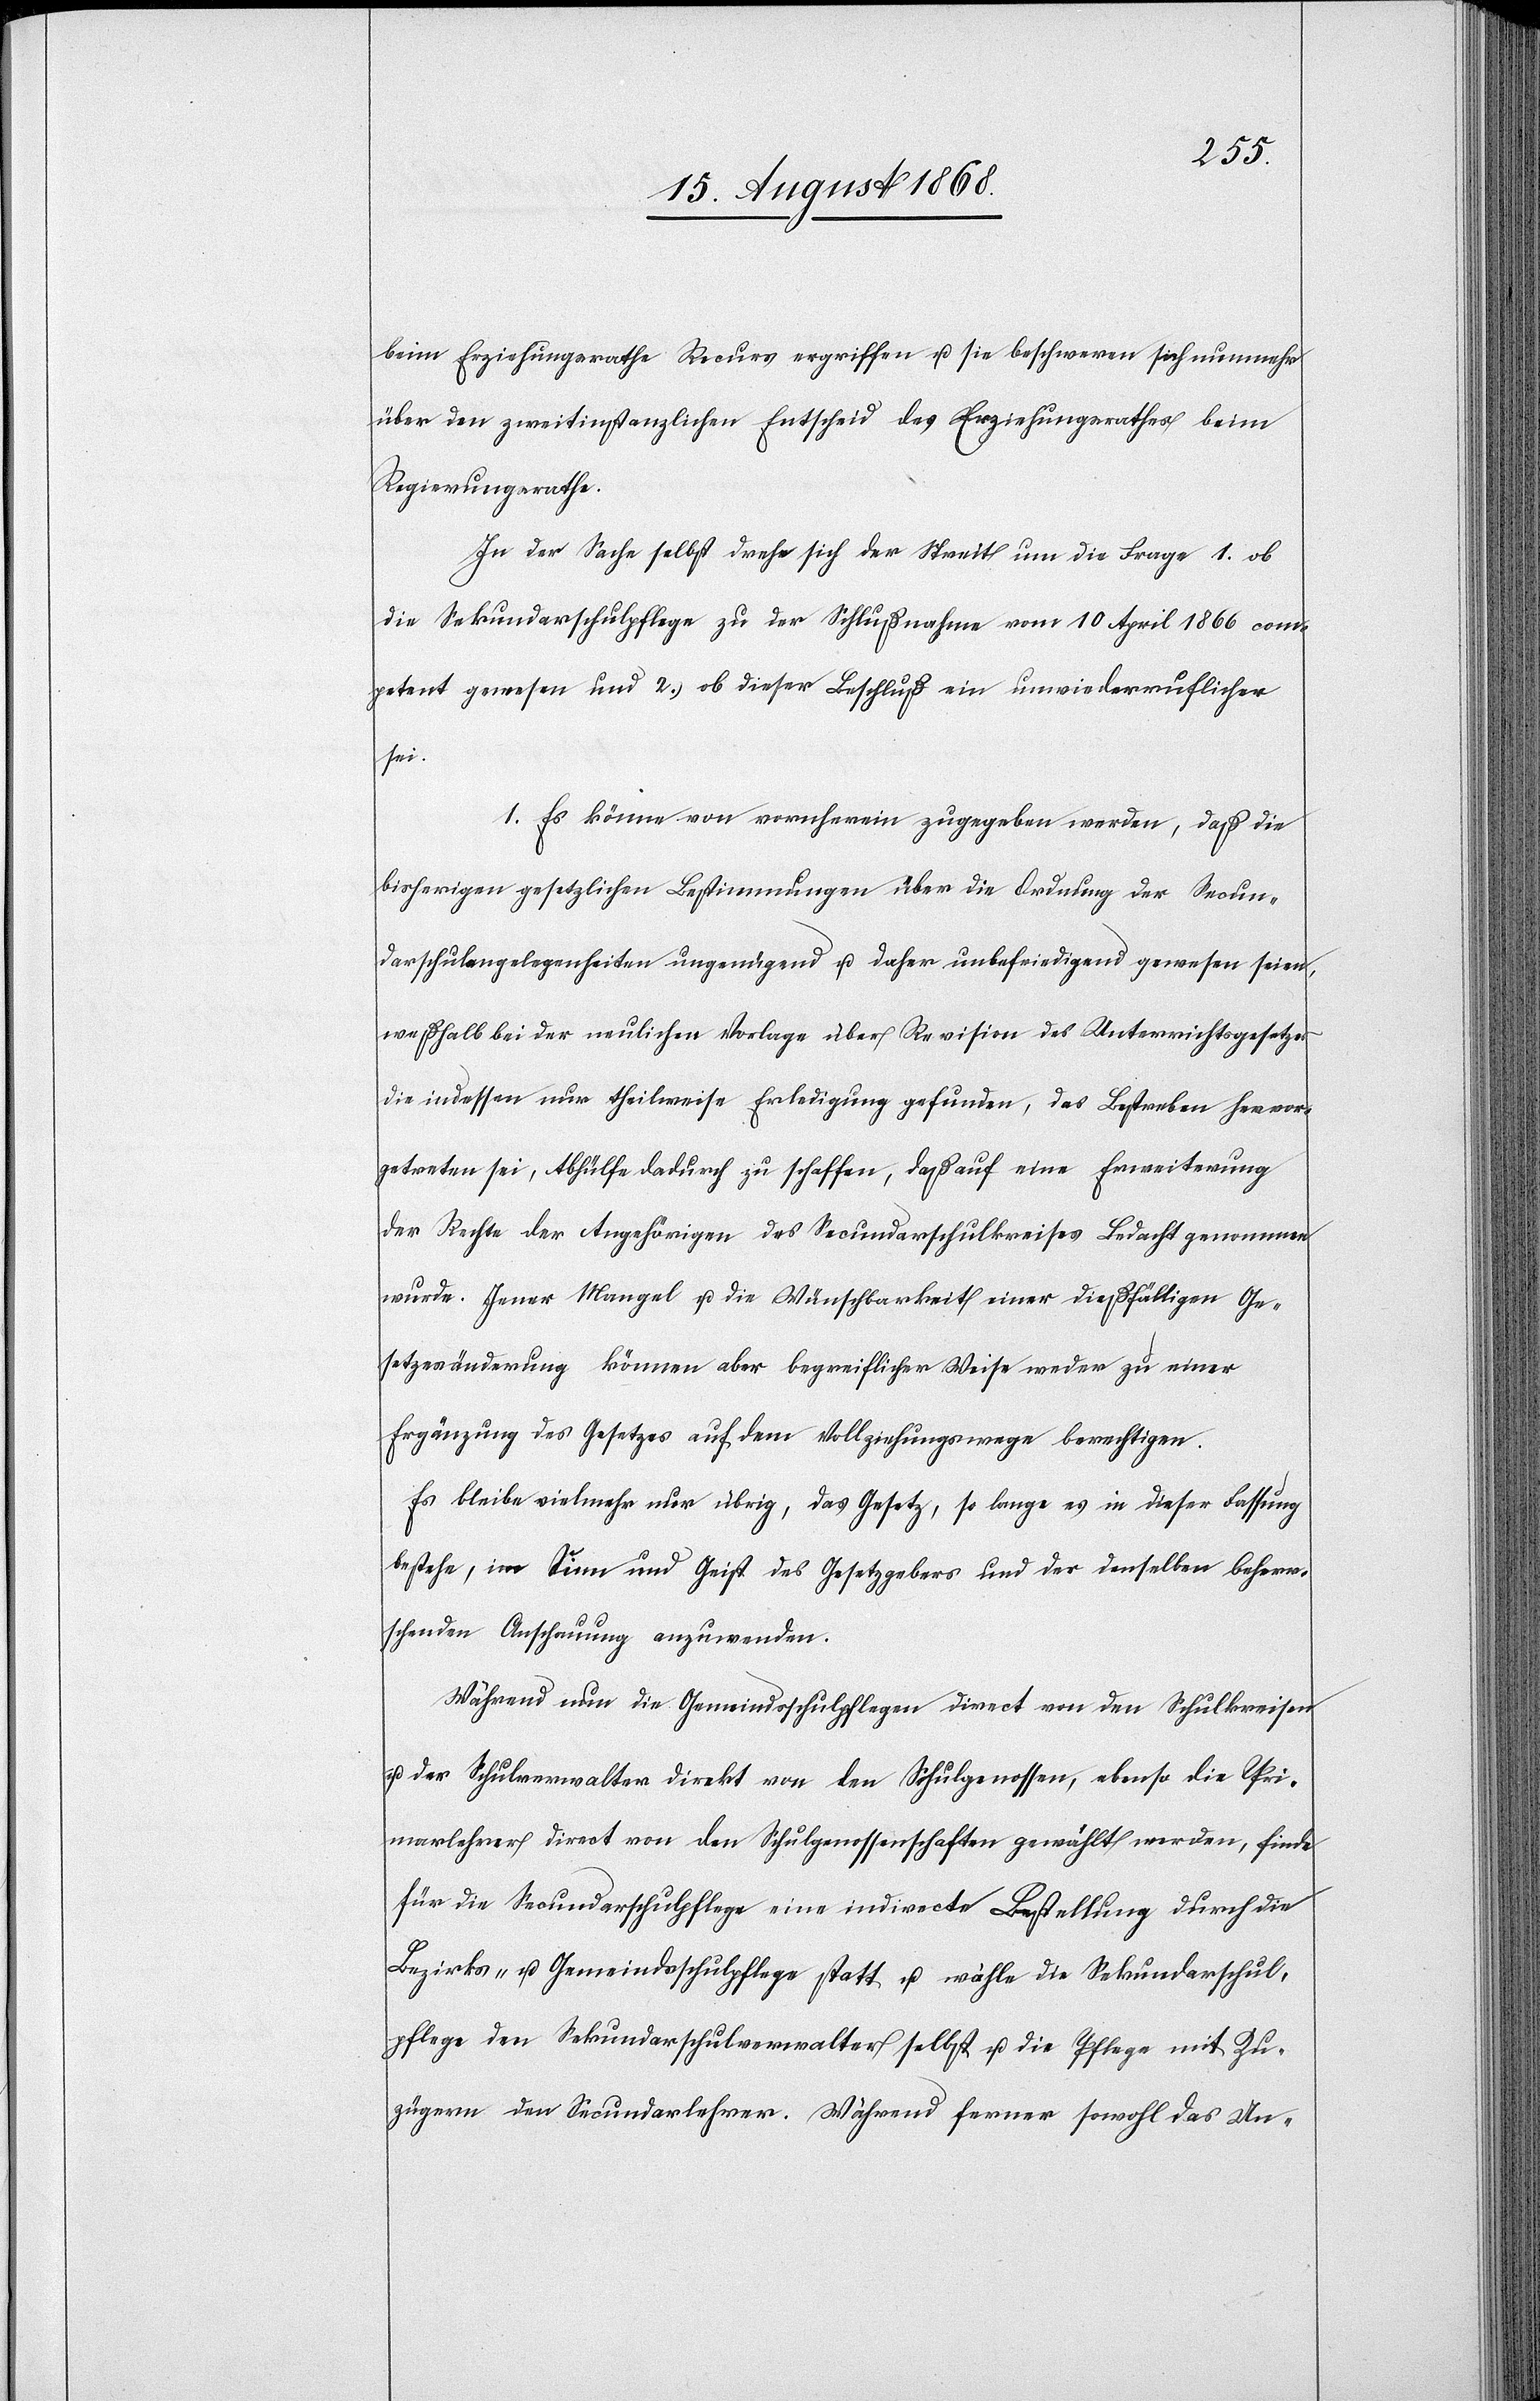
beim Erziehungsrathe Recurs ergriffen u. sie beschweren sich nunmehr
über den zweitinstanzlichen Entscheid des Erziehungsrathes beim
Regierungsrathe.
In der Sache selbst drehe sich der Streit um die Frage 1. ob
die Sekundarschulpflege zu der Schlußnahme vom 10 April 1866 com¬
petent gewesen und 2. ob dieser Beschluß ein unwiederruflicher
sei.
1. Es könne von vornherein zugegeben werden, daß die
bisherigen gesetzlichen Bestimmungen über die Ordnung der Secun¬
darschulangelegenheiten ungenügend u. daher unbefriedigend gewesen seien,
weßhalb bei der neulichen Vorlage über Revision des Unterrichtsgesetzes
die indessen nur theilweise Erledigung gefunden, das Bestreben hervor¬
getreten sei, Abhülfe dadurch zu schaffen, daß auf eine Erweiterung
der Rechte der Angehörigen des Secundarschulkreises Bedacht genommen
wurde. Jener Mangel u. die Wünschbarkeit einer dießfälligen Ge¬
setzesänderung können aber begreiflicher Weise weder zu einer
Ergänzung des Gesetzes auf dem Vollziehungswege berechtigen.
Es bleibe vielmehr nur übrig, das Gesetz, so lange es in dieser Fassung
bestehe, im Sinn und Geist des Gesetzgebers und der denselben beherr¬
schenden Anschauung anzuwenden.
Während nun die Gemeindsschulpflegen direct von den Schulkreisen
u. der Schulverwalter direkt von den Schulgenossen, ebenso die Pri¬
marlehrer direct von den Schulgenossenschaften gewählt werden, finde
für die Secundarschulpflege eine indirecte Bestellung durch die
Bezirks- u. Gemeindsschulpflege statt u. wähle die Sekundarschul¬
pflege den Sekundarschulverwalter selbst u. die Pflege mit Zu¬
zügern den Secundarlehrer. Während ferner sowohl das Un-